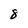
Character: 8